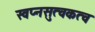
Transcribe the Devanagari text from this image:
स्वप्नसुत्वकत्व